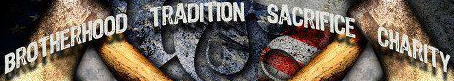
BROTHERHOOD TRADITION SACRIFICE CHARITY